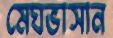
মেঘভাসান